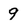
Character: 9